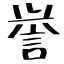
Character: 誉